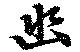
幽